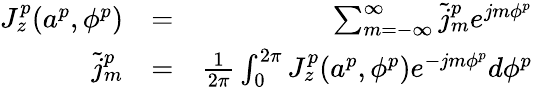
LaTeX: \begin{array}{rlr}{J_{z}^{p}(a^{p},\phi^{p})}&{=}&{\sum_{m=-\infty}^{\infty}\tilde{j}_{m}^{p}e^{jm\phi^{p}}}\\ {\tilde{j}_{m}^{p}}&{=}&{{\frac{1}{2\pi}}\int_{0}^{2\pi}J_{z}^{p}(a^{p},\phi^{p})e^{-jm\phi^{p}}d\phi^{p}}\end{array}